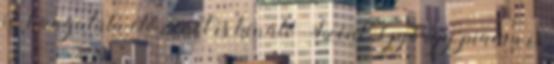
jó hangulatú élőzenét is kínáló Szent György piacra is